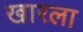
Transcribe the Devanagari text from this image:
खारला